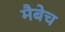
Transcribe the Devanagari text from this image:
मैबेच